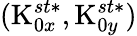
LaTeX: (\textrm{K}_{0x}^{st*},\textrm{K}_{0y}^{st*})